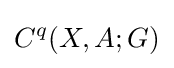
C^{q}(X,A;G)